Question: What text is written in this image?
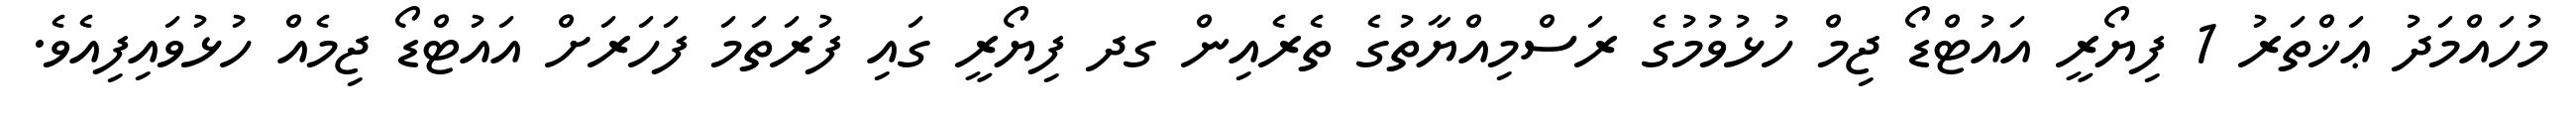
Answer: މުހައްމަދު ޢަޚްތަރު 1 ފިޔޯރީ އައުޓްޑޯ ޖިމް ހުޅުވުމުގެ ރަސްމިއްޔާތުގެ ތެރެއިން ގދ ފިޔޯރީ ގައި ފުރަތަމަ ފަހަރަށް އައުޓްޑޯ ޖިމެއް ހުޅުވައިފިއެވެ.